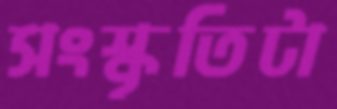
সংস্কৃতিটা